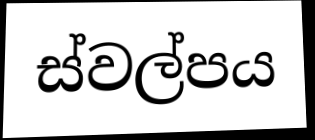
ස්වල්පය